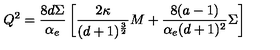
Q ^ { 2 } = { \frac { 8 d \Sigma } { \alpha _ { e } } } \left[ { \frac { 2 \kappa } { ( d + 1 ) ^ { \frac { 3 } { 2 } } } } M + { \frac { 8 ( a - 1 ) } { \alpha _ { e } ( d + 1 ) ^ { 2 } } } \Sigma \right]